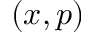
( x , p )